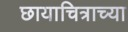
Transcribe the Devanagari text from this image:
छायाचित्राच्या